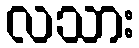
လသား